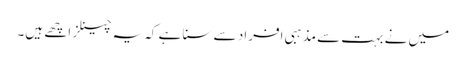
میں نے بہت سے مذہبی افراد سے سنا ہے کہ یہ چینلز اچھے ہیں۔